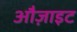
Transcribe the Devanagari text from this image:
औज़ाइट